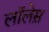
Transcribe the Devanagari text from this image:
लाॅलेस़